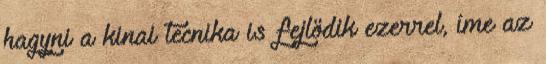
hagyni a kinai tecnika is fejlödik ezerrel, íme az